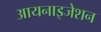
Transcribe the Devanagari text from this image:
आयनाइजेशन